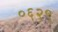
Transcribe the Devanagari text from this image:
०६२९